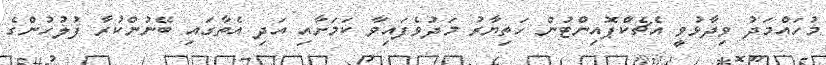
މުހައްމަދު ވިދާޅުވީ އެޗެކްޕޮއިންޓުން ހަތިޔާރު މަދުވެފައިވާ ކަމަށާއި އަދި އެތާގައި ބޭނުންކުރާ ފުލުހުންގެ